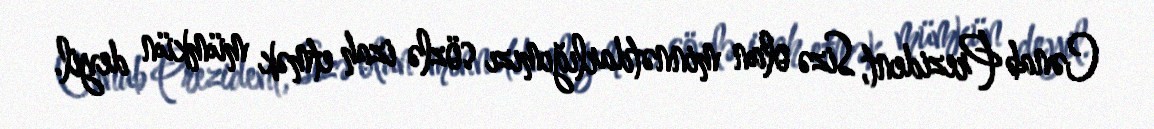
Cənab Prezident, Sizə olan minnətdarlığımızı sözlə izah etmək mümkün deyil.